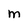
Character: M